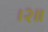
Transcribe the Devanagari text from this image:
।२॥